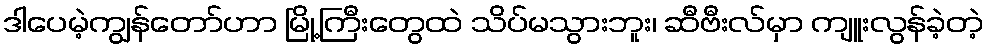
ဒါပေမဲ့ကျွန်တော်ဟာ မြို့ကြီးတွေထဲ သိပ်မသွားဘူး၊ ဆီဗီးလ်မှာ ကျူးလွန်ခဲ့တဲ့